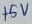
Text: +5V